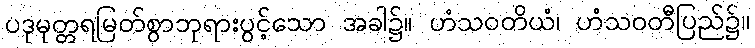
ပဒုမုတ္တရမြတ်စွာဘုရားပွင့်သော အခါ၌။ ဟံသဝတိယံ၊ ဟံသဝတီပြည်၌။